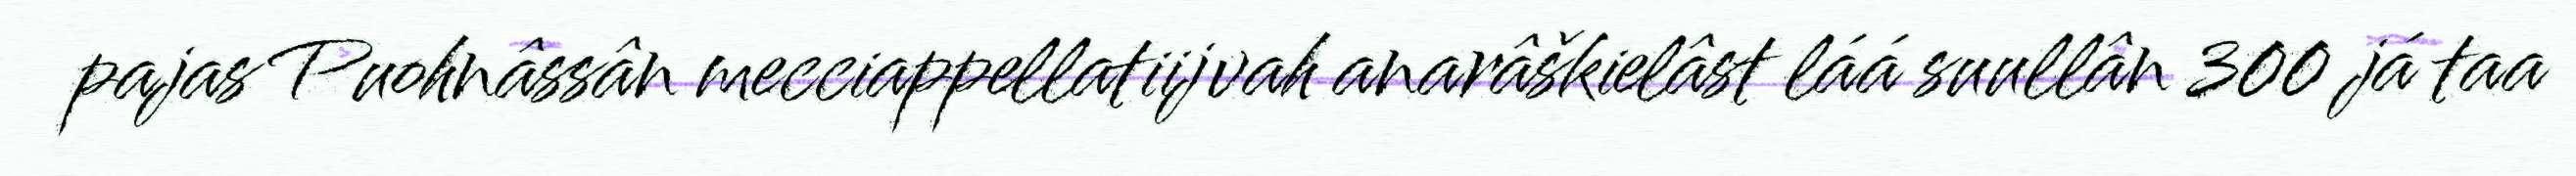
pajas Puohnâssân mecciappellatiijvah anarâškielâst láá suullân 300 já taa